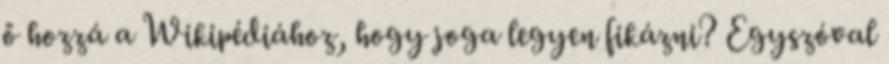
ő hozzá a Wikipédiához, hogy joga legyen fikázni? Egyszóval